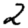
Digit: 2